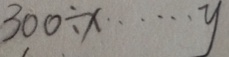
3 0 0 \div x \cdots y